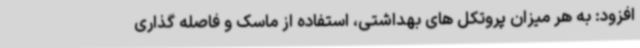
افزود: به هر میزان پروتکل های بهداشتی، استفاده از ماسک و فاصله گذاری